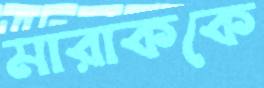
মারাককে